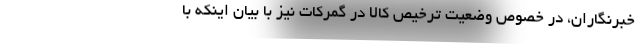
خبرنگاران، در خصوص وضعیت ترخیص کالا در گمرکات نیز با بیان اینکه با